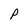
Character: P